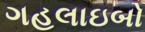
ગહલાઇબો